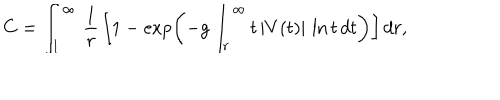
C = \int _ { 1 } ^ { \infty } \, { \frac { 1 } { r } } \, \biggl [ 1 - \exp \biggl ( - g \int _ { r } ^ { \infty } t \, | V ( t ) | \, \ln t \, d t \biggr ) \biggr ] \, d r ,